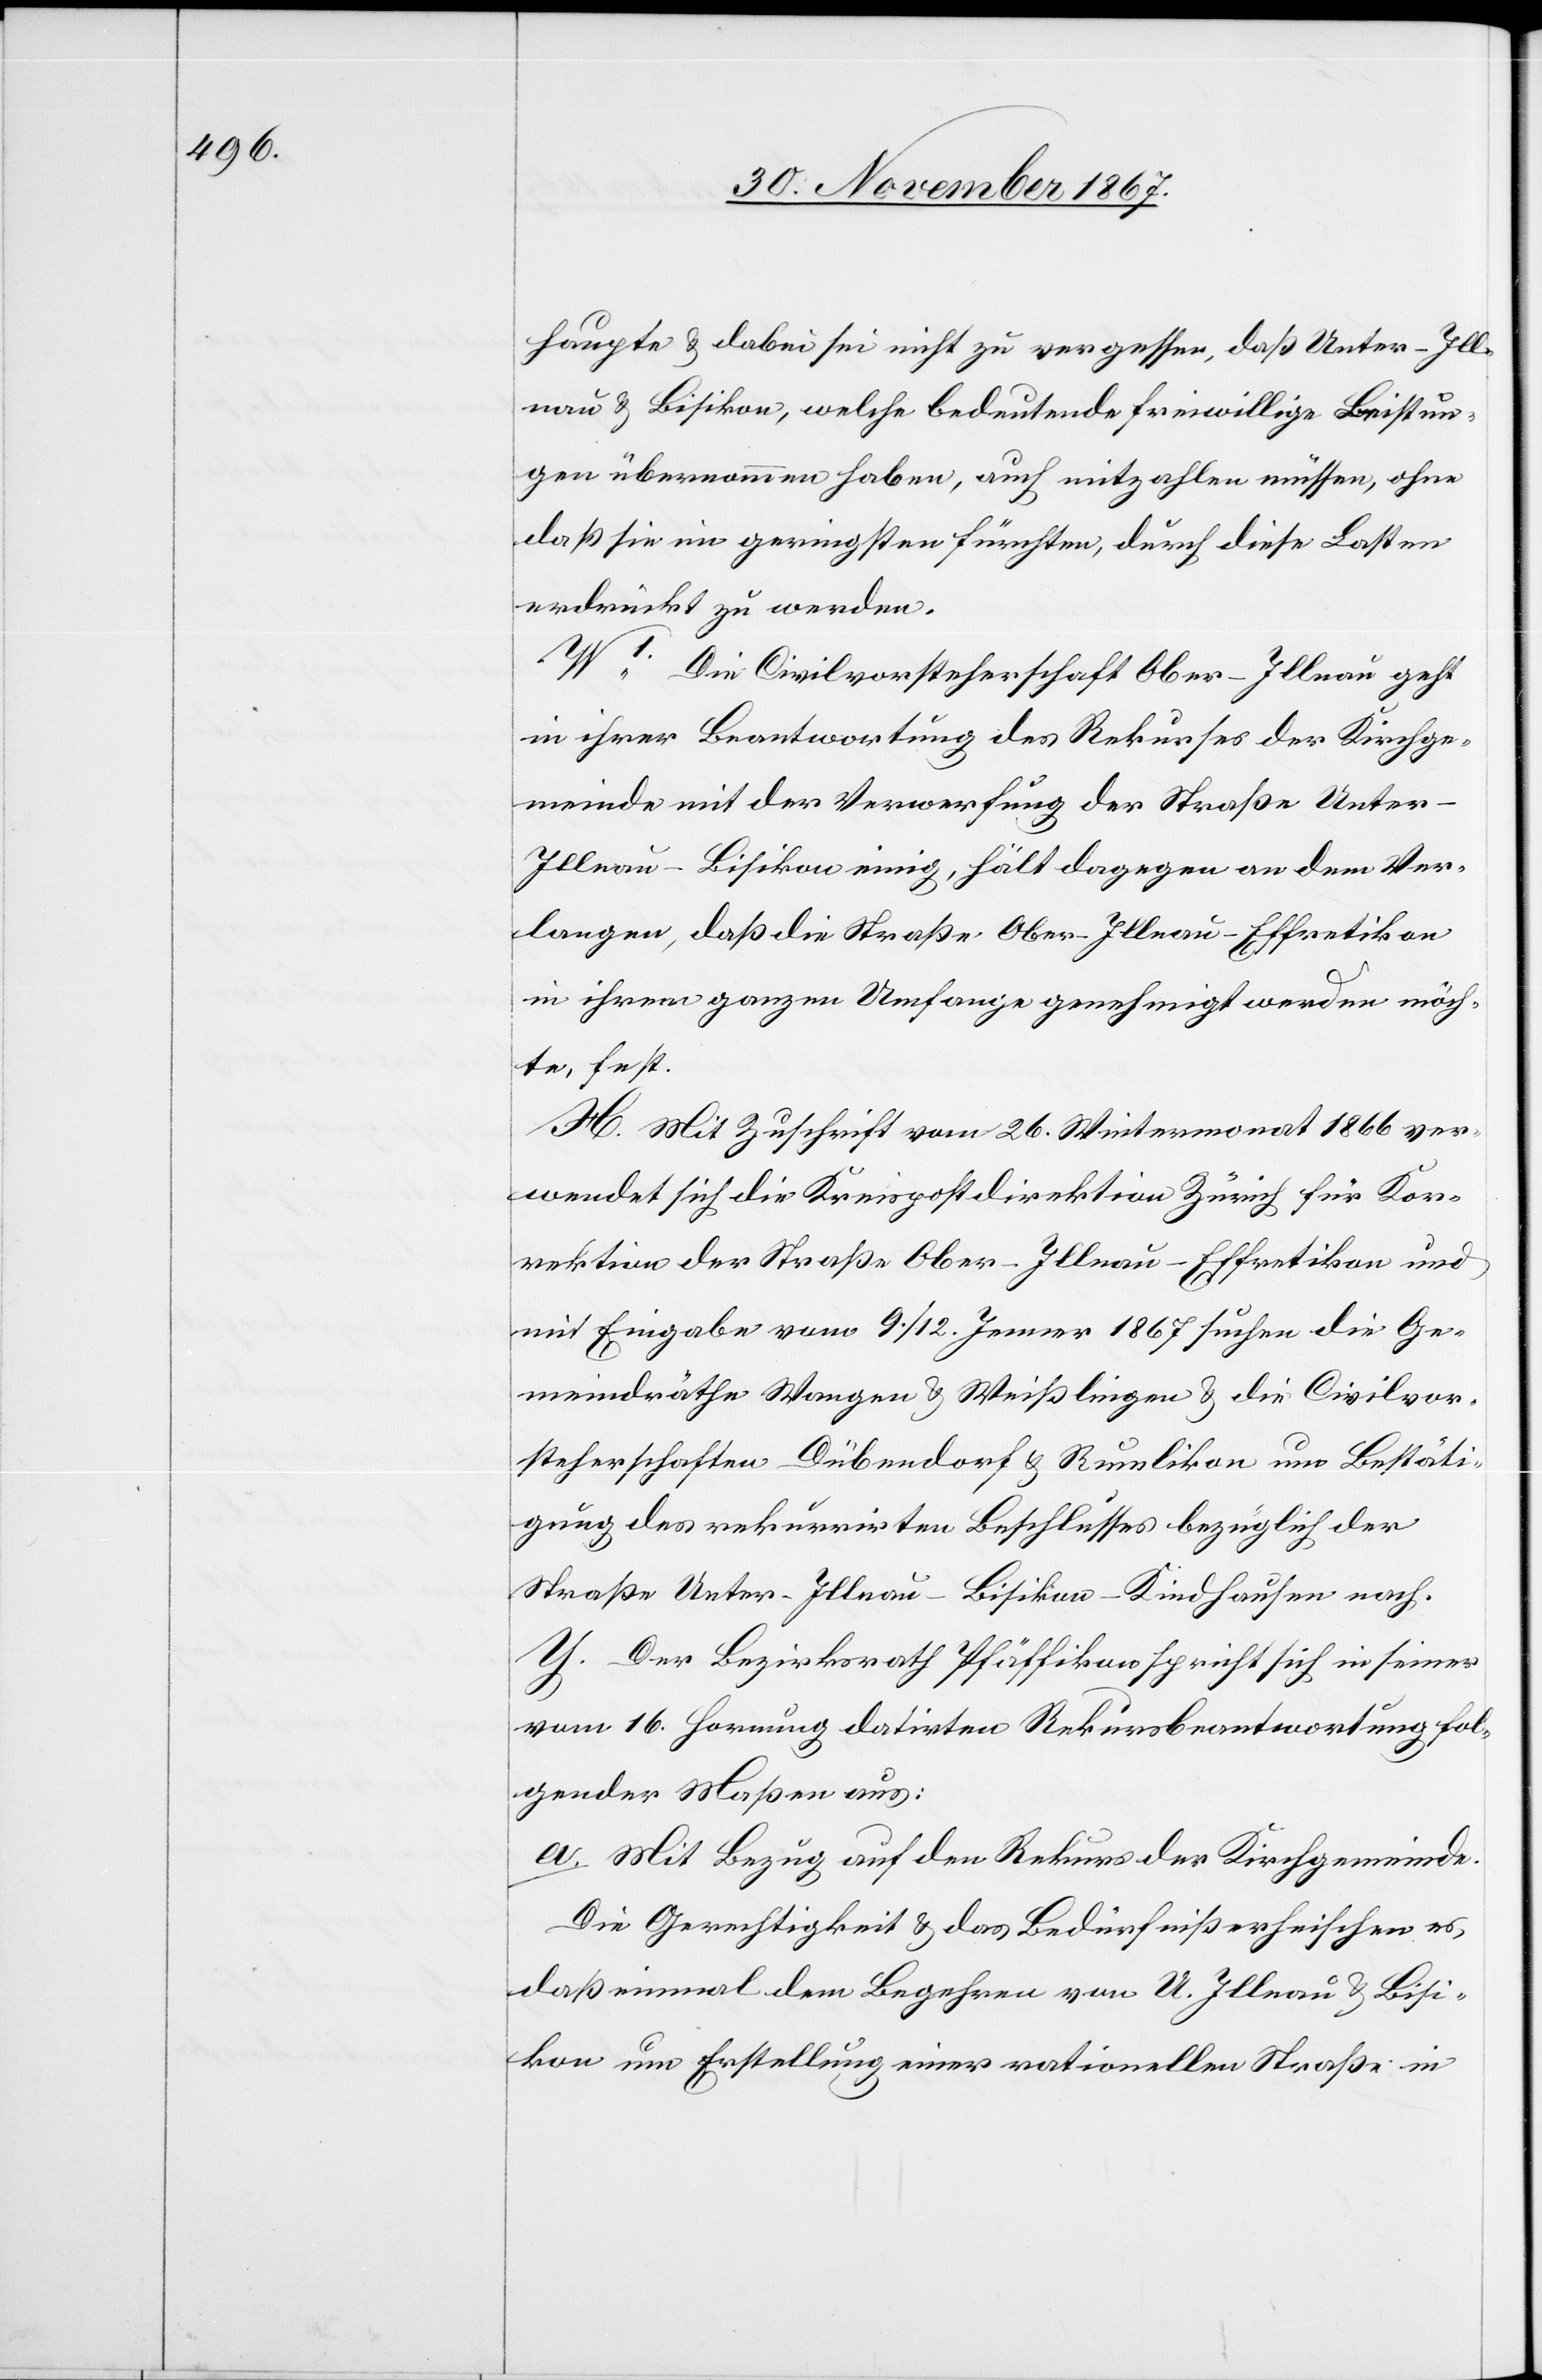
haupte u. dabei sei nicht zu vergessen, daß Unter-Ill¬
nau u. Bisikon, welche bedeutende freiwillige Leistun¬
gen übernommen haben, auch mitzahlen müssen, ohne
daß sie ein geringstes fürchten, durch diese Lasten
erdrückt zu werden.
W1. Die Civilvorsteherschaft Ober-Illnau geht
in ihrer Beantwortung des Rekurses der Kirchge¬
meinde mit der Verwerfung der Straße Unte¬
r-Illnau–Bisikon einig, hält dagegen an dem Ver¬
langen, daß die Straße Ober-Illnau–Effretikon
an ihrem ganzen Umfange genehmigt werden möch¬
te, fest.
X. Mit Zuschrift vom 26. Wintermonat 1866 ver¬
wendet sich die Kreispostdirektion Zürich für Kor¬
rektion der Straße Ober-Illnau–Effretikon und
mit Eingabe vom 9./12. Jenner 1867 suchen die Ge¬
meindräthe Wangen u. Weißlingen u. die Civilvor¬
steherschaften Dübendorf u. Rumlikon um Bestäti¬
gung des rekurrirten Beschlusses bezüglich der
Straße Unter-Illnau–Bisikon–Kindhausen nach.
Y. Der Bezirksrath Pfäffikon sprich sich in seiner
vom 16. Hornung datirten Rekursbeantwortung fol¬
gender Maßen aus:
a. Mit Bezug auf den Rekurs der Kirchgemeinde:
Die Gerechtigkeit u. das Bedürfniß erheischen es,
daß einmal dem Begehren von U. Illnau u. Bisi¬
kon um Erstellung einer rationellen Straße in